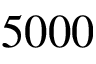
5 0 0 0